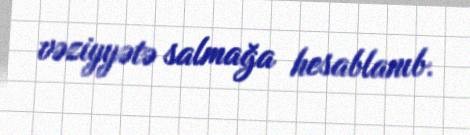
vəziyyətə salmağa hesablanıb.